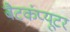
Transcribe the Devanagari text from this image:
बैटकंप्यूटर